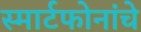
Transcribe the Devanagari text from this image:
स्मार्टफोनांचे